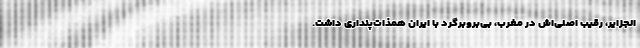
الجزایر، رقیب اصلی‌اش در مغرب، بی‌بروبرگرد با ایران همذات‌پنداری داشت.